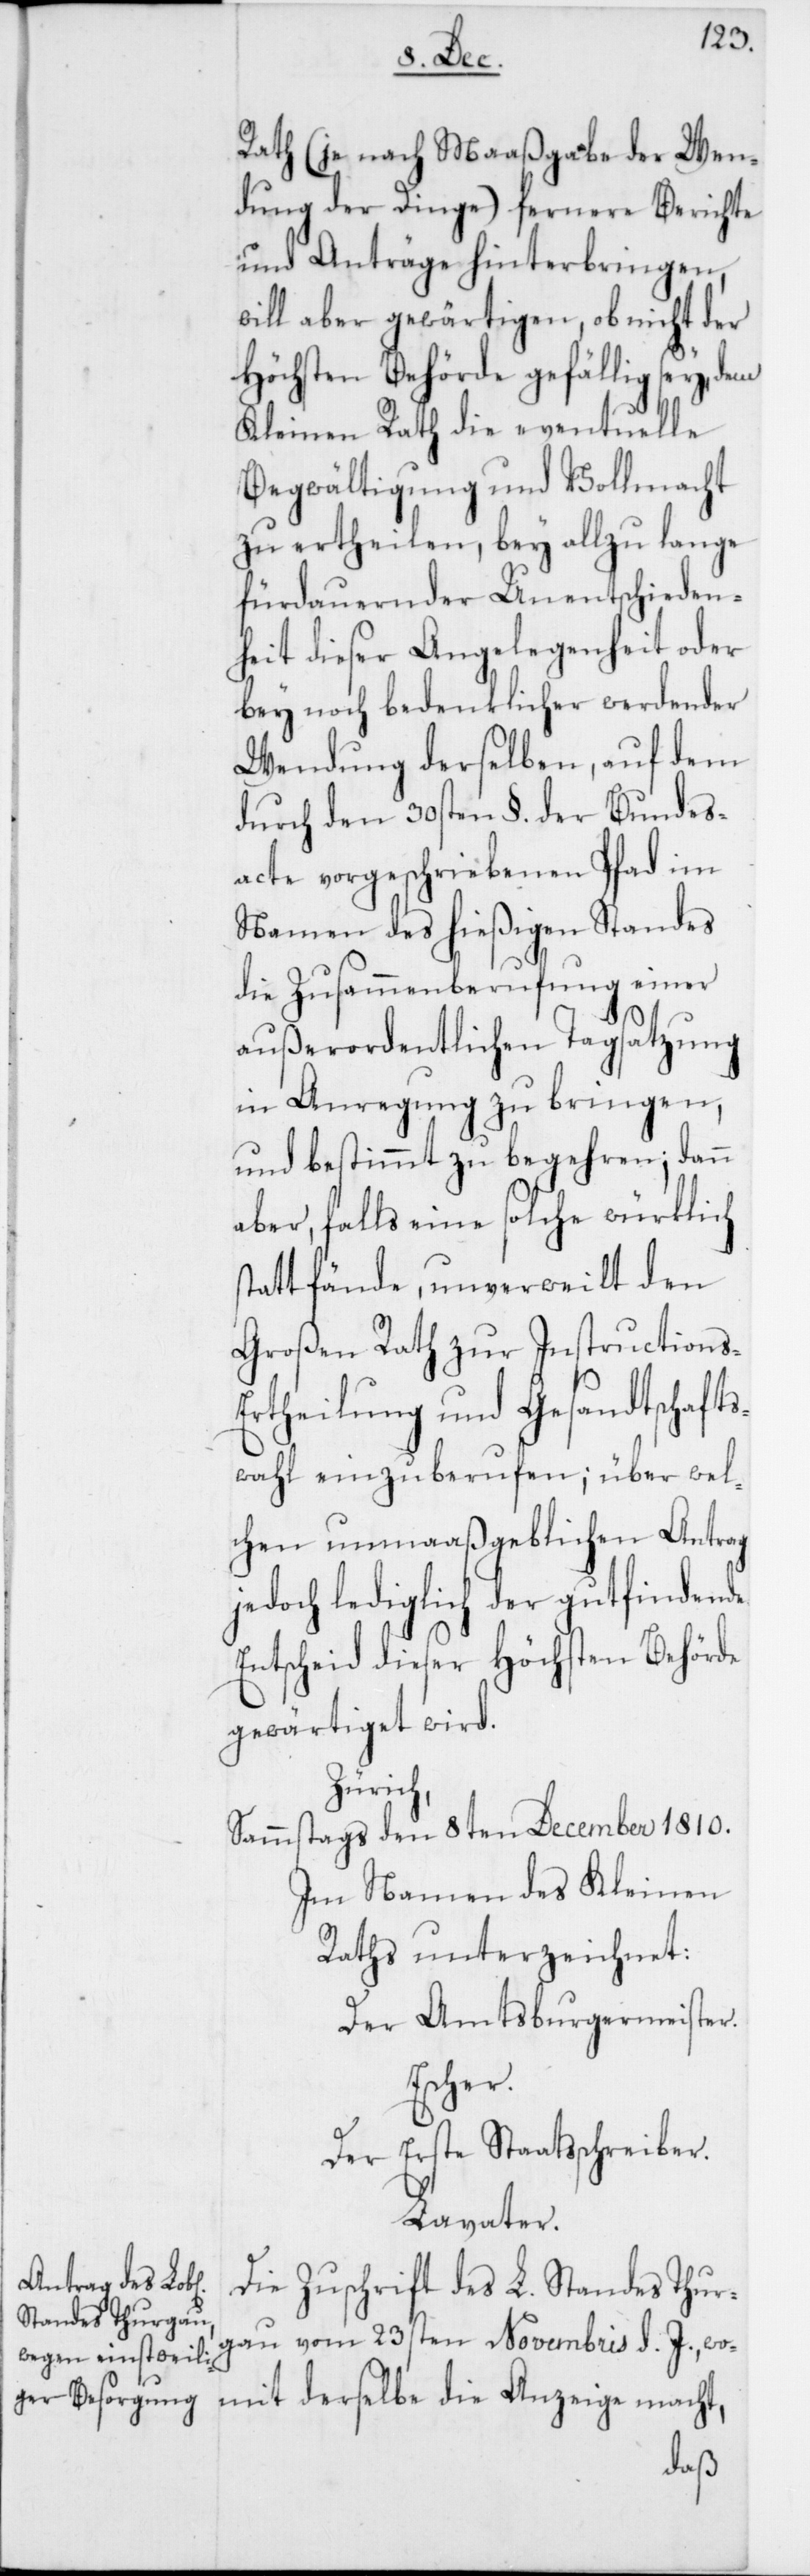
s-E¬
Rath (je nach Maaßgabe der Wen¬
dung der Dinge) fernere Berichte
und Anträge hinterbringen,
will aber gewärtigen, ob nicht der
höchsten Behörde gefällig sey, dem
Kleinen Rath die eventuelle
Begwältigung und Vollmacht
zu ertheilen, bey allzu lange
fürdauernder Unentschieden¬
heit dieser Angelegenheit oder
bey noch bedenklicher werdender
Wendung derselben, auf dem
durch den 30sten §. der Bundes¬
acte vorgeschriebenen Pfad im
Namen des hießigen Standes
die Zusammenberufung einer
außerordentlichen Tagsatzung
in Anregung zu bringen,
und bestimmt zu begehren; dann
aber, falls eine solche würklich
stattfände, unverweilt den
Großen Rath zur Instruction¬
rtheilung und Gesandtschafts¬
wahl einzuberufen; über wel¬
chen unmaaßgeblichen Antrag
jedoch lediglich der gut findende
Entscheid dieser höchsten Behörde
gewärtiget wird.
Zürich,
Sammstags den 8ten December 1810.
Im Namen des Kleinen
Raths unterzeichnet:
Der Amtsburgermeister.
Escher
Der erste Staatsschreiber.
Lavater.
Die Zuschrift des L. Standes Thur¬
gau vom 23sten Novembris d. J., wo¬
mit derselbe die Anzeige macht,